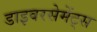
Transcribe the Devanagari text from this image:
डाइवरसेमेंट्स